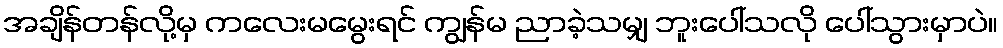
အချိန်တန်လို့မှ ကလေးမမွေးရင် ကျွန်မ ညာခဲ့သမျှ ဘူးပေါ်သလို ပေါ်သွားမှာပဲ။